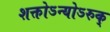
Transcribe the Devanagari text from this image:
शक्तोऽन्योऽरुक्